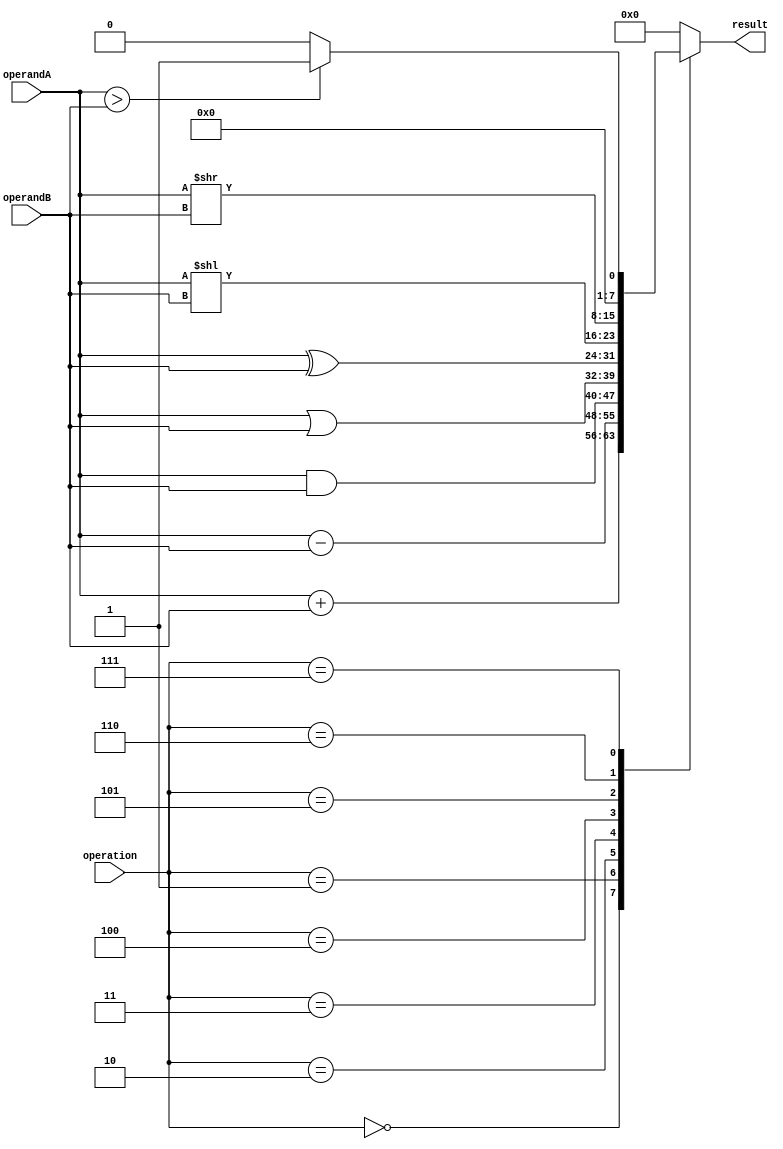
module ALU(
    input [7:0] operandA,
    input [7:0] operandB,
    input [3:0] operation,
    output reg [7:0] result
);

always @(*) begin
    case(operation)
        4'b0000: result = operandA + operandB; // Addition operation
        4'b0001: result = operandA - operandB; // Subtraction operation
        4'b0010: result = operandA & operandB; // Bitwise AND operation
        4'b0011: result = operandA | operandB; // Bitwise OR operation
        4'b0100: result = operandA ^ operandB; // Bitwise XOR operation
        4'b0101: result = operandA << operandB; // Shift left operation
        4'b0110: result = operandA >> operandB; // Shift right operation
        4'b0111: result = (operandA > operandB) ? 8'h01 : 8'h00; // Comparison operation
        default: result = 8'b0; // Default operation (no operation)
    endcase
end

endmodule